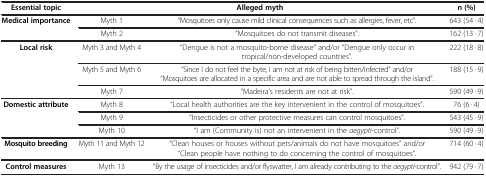
<table><thead><tr><td><b>Essential topic</b></td><td colspan="2"><b>Alleged myth</b></td><td><b>n (%)</b></td></tr></thead><tbody><tr><td rowspan="2"><b>Medical importance</b></td><td>Myth 1</td><td>“Mosquitoes only cause mild clinical consequences such as allergies, fever, etc”.</td><td>643 (54 · 4)</td></tr><tr><td>Myth 2</td><td>“Mosquitoes do not transmit diseases”.</td><td>162 (13 · 7)</td></tr><tr><td rowspan="3"><b>Local risk</b></td><td>Myth 3 and Myth 4</td><td>“Dengue is not a mosquito-borne disease” and/or “Dengue only occur in tropical/non-developed countries”.</td><td>222 (18 · 8)</td></tr><tr><td>Myth 5 and Myth 6</td><td>“Since I do not feel the byte, I am not at risk of being bitten/infected” and/or “Mosquitoes are allocated in a specific area and are not able to spread through the island”.</td><td>188 (15 · 9)</td></tr><tr><td>Myth 7</td><td>“Madeira’s residents are not at risk”.</td><td>590 (49 · 9)</td></tr><tr><td rowspan="3"><b>Domestic attribute</b></td><td>Myth 8</td><td>“Local health authorities are the key intervenient in the control of mosquitoes”.</td><td>76 (6 · 4)</td></tr><tr><td>Myth 9</td><td>“Insecticides or other protective measures can control mosquitoes”.</td><td>543 (45 · 9)</td></tr><tr><td>Myth 10</td><td>“I am (Community is) not an intervenient in the <i>aegypti</i>-control”.</td><td>590 (49 · 9)</td></tr><tr><td><b>Mosquito breeding</b></td><td>Myth 11 and Myth 12</td><td>“Clean houses or houses without pets/animals do not have mosquitoes” and/or “Clean people have nothing to do concerning the control of mosquitoes”.</td><td>714 (60 · 4)</td></tr><tr><td><b>Control measures</b></td><td>Myth 13</td><td>“By the usage of insecticides and/or flyswatter, I am already contributing to the <i>aegypti</i>-control”.</td><td>942 (79 · 7)</td></tr></tbody></table>